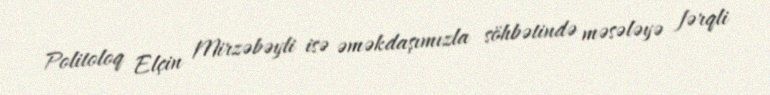
Politoloq Elçin Mirzəbəyli isə əməkdaşımızla söhbətində məsələyə fərqli